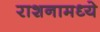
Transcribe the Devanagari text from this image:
राशनामध्ये